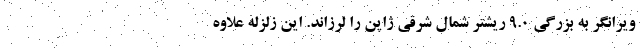
ویرانگر به بزرگی ۹.۰ ریشتر شمال شرقی ژاپن را لرزاند. این زلزله علاوه